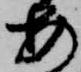
安